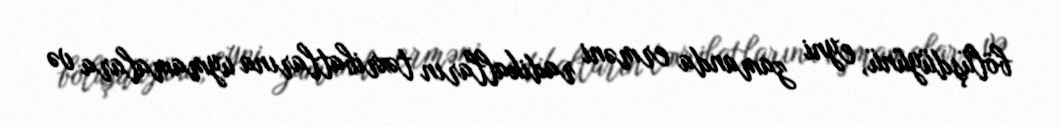
bölüşdüyünü, eyni zamanda erməni radikalların təxribatlarına uymamalara və